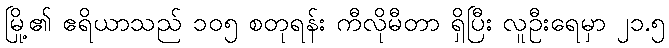
မြို့၏ ဧရိယာသည် ၁၀၅ စတုရန်း ကီလိုမီတာ ရှိပြီး လူဦးရေမှာ ၂၁.၅